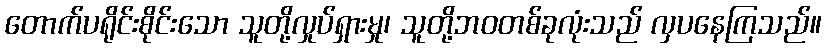
တောက်ပရိုင်းစိုင်းသော သူတို့လှုပ်ရှားမှု၊ သူတို့ဘဝတစ်ခုလုံးသည် လှပနေကြသည်။